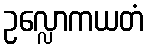
ဥလ္လောကယတံ